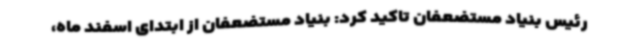
رئیس بنیاد مستضعفان تاکید کرد: بنیاد مستضعفان از ابتدای اسفند ماه،